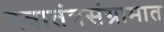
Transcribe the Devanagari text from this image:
स्वातंत्रसंग्रामात